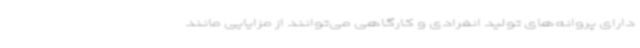
دارای پروانه‌های تولید انفرادی و کارگاهی می‌توانند از مزایایی مانند